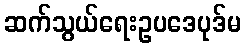
ဆက်သွယ်ရေးဥပဒေပုဒ်မ